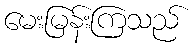
မေးမြန်းကြသည်